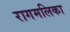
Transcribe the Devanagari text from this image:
रागमलिका